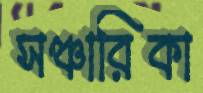
সঞ্চারিকা